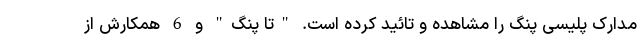
مدارک پلیسی پنگ را مشاهده و تائید کرده است. "تا پنگ" و 6 همکارش از